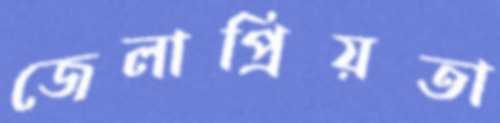
জেলাপ্রিয়তা